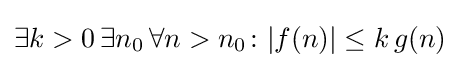
\exists k>0\,\exists n_{0}\,\forall n>n_{0}\colon |f(n)|\leq k\,g(n)